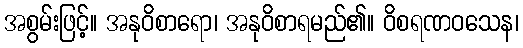
အစွမ်းဖြင့်။ အနုဝိစာရော၊ အနုဝိစာရမည်၏။ ဝိစရဏဝသေန၊